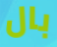
بال